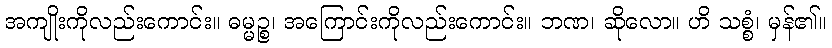
အကျိုးကိုလည်းကောင်း။ ဓမ္မဉ္စ၊ အကြောင်းကိုလည်းကောင်း။ ဘဏ၊ ဆိုလော။ ဟိ သစ္စံ၊ မှန်၏။